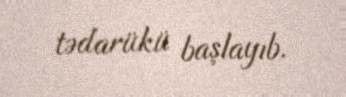
tədarükü başlayıb.